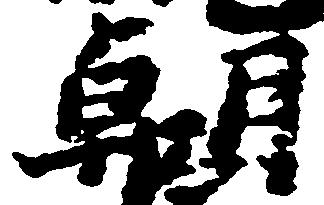
朝